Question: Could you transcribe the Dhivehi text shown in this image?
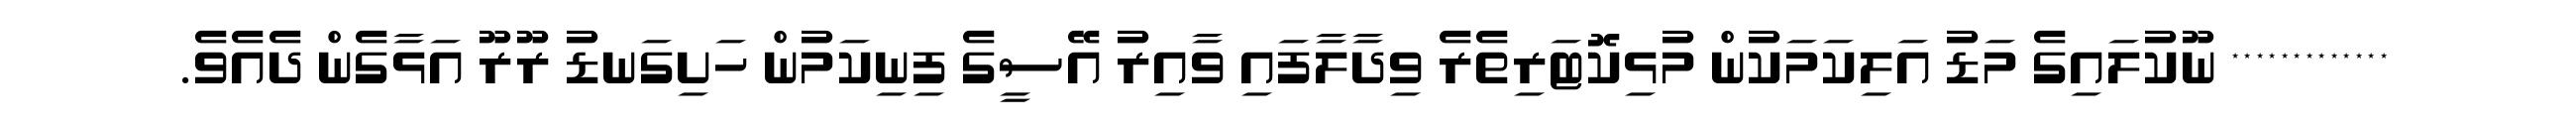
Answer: ************* ނޫކުލައިގެ މަޑު އަލިކަމަކުން މުޅިކޮޓަރިތެރެ ވިދާލާފައި ވާއިރު އޭސީގެ ފިނިކަމުން ހަށިގަނޑު ރޫރޫ އަޅާގެން ދެއެވެ.